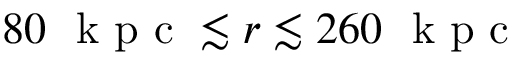
8 0 ~ \mathrm { ~ k ~ p ~ c ~ } \lesssim r \lesssim 2 6 0 ~ \mathrm { ~ k ~ p ~ c ~ }